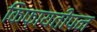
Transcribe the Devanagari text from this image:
किफ़ायतीपन